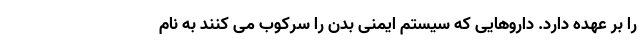
را بر عهده دارد. داروهایی که سیستم ایمنی بدن را سرکوب می کنند به نام